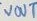
Text: VOUT